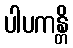
ပါပကန္တိ